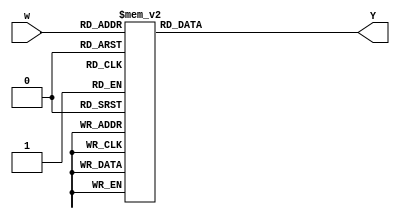
`timescale 1ns / 1ps
//////////////////////////////////////////////////////////////////////////////////
// Company: 
// Engineer: 
// 
// Design Name: 
// Module Name: decoder3_to_8
// Project Name: 
// Target Devices: 
// Tool Versions: 
// Description: 
// 
// Dependencies: 
// 
// Revision:
// Revision 0.01 - File Created
// Additional Comments:
// 
//////////////////////////////////////////////////////////////////////////////////


module decoder3_to_8(w,Y);
input [2:0]w;
output reg[7:0]Y;
//reg [7:0]out;
always @(w)
case(w)
3'b000: Y = 8'b11111110;
3'b001: Y = 8'b11111101;
3'b010: Y = 8'b11111011;
3'b011: Y = 8'b11110111;
3'b100: Y = 8'b11101111;
3'b101: Y = 8'b11011111;
3'b110: Y = 8'b10111111;
3'b111: Y = 8'b01111111;
default: Y = 8'b11111111;
endcase
endmodule